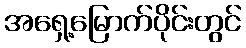
အရှေ့မြောက်ပိုင်းတွင်